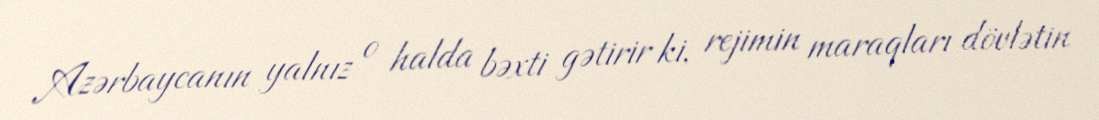
Azərbaycanın yalnız o halda bəxti gətirir ki, rejimin maraqları dövlətin